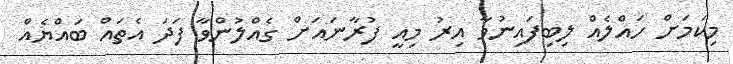
މިކަމަށް ހައްލެއް ލިބިފައިނުވާ އިރު މިއީ ފުރާނައަށް ގެއްލުންވާ ފަދަ އެތައް ބައްޔެއް